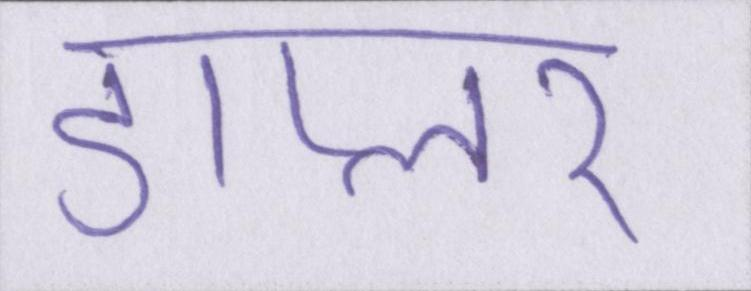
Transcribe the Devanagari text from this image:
डाप्लर